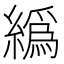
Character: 𦅂